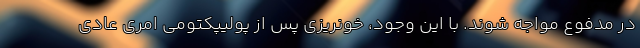
در مدفوع مواجه شوند. با این وجود، خونریزی پس از پولیپکتومی امری عادی